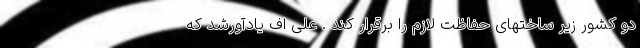
دو کشور زیر ساختهای حفاظت لازم را برقرار کند . علی اف یادآورشد که